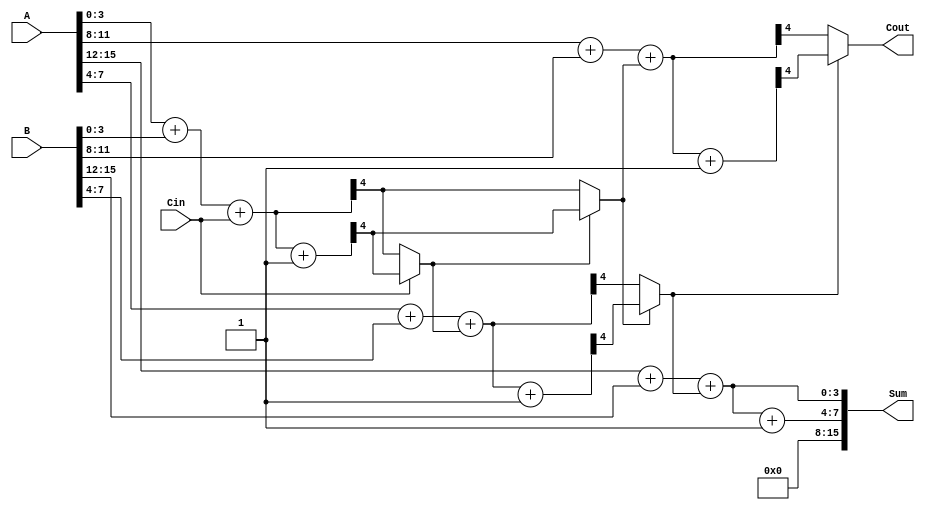
module HybridCarrySelectAdder #(
    parameter N = 16,           // Total bit width of A and B
    parameter BLOCK_SIZE = 4    // Size of each block (in bits)
) (
    input  [N-1:0] A,          // First input number
    input  [N-1:0] B,          // Second input number
    input  Cin,                // Carry in
    output [N-1:0] Sum,        // Sum output
    output Cout                // Carry out
);

    localparam NUM_BLOCKS = N / BLOCK_SIZE;

    wire [BLOCK_SIZE-1:0] S0 [0:NUM_BLOCKS-1];  // Sum when carry is 0
    wire [BLOCK_SIZE-1:0] S1 [0:NUM_BLOCKS-1];  // Sum when carry is 1
    wire C0 [0:NUM_BLOCKS-1];                     // Carry out when carry is 0
    wire C1 [0:NUM_BLOCKS-1];                     // Carry out when carry is 1
    wire C_select [0:NUM_BLOCKS-1];               // Carry select signals

    // Block computation
    generate
        genvar i;
        for (i = 0; i < NUM_BLOCKS; i = i + 1) begin : block
            wire [BLOCK_SIZE-1:0] A_block = A[(i+1)*BLOCK_SIZE-1 -: BLOCK_SIZE];
            wire [BLOCK_SIZE-1:0] B_block = B[(i+1)*BLOCK_SIZE-1 -: BLOCK_SIZE];
            wire carry_in = (i == 0) ? Cin : C_select[i-1];

            // Compute sums and carries for both carry scenarios
            assign {C0[i], S0[i]} = A_block + B_block + carry_in;
            assign {C1[i], S1[i]} = A_block + B_block + carry_in + 1'b1;

            // Carry select logic
            if (i > 0) begin
                assign C_select[i] = carry_in ? C1[i-1] : C0[i-1];
            end else begin
                assign C_select[i] = carry_in ? C1[i] : C0[i];
            end
        end
    endgenerate

    // Final sum concatenation and carry out
    assign Sum = {S1[NUM_BLOCKS-1], S0[NUM_BLOCKS-1]};
    assign Cout = C_select[NUM_BLOCKS-1];

endmodule